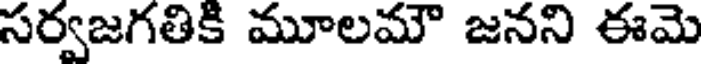
సర్వజగతికి మూలమౌ జనని ఈమె